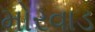
મોરવાડ